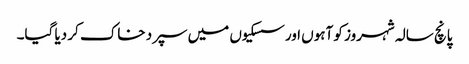
پانچ سالہ شہروز کو آہوں اورسسکیوں میں سپرد خاک کر دیا گیا۔